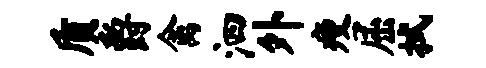
质爵禽泗外瘦屈拭